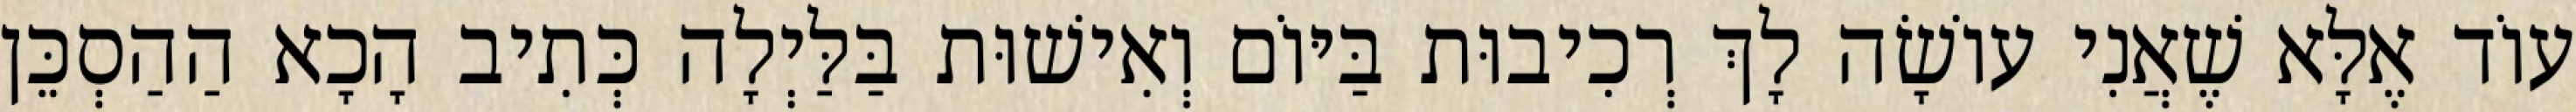
עוֹד אֶלָּא שֶׁאֲנִי עוֹשָׂה לָךְ רְכִיבוּת בַּיּוֹם וְאִישׁוּת בַּלַּיְלָה כְּתִיב הָכָא הַהַסְכֵּן